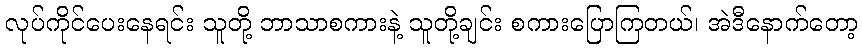
လုပ်ကိုင်ပေးနေရင်း သူတို့ ဘာသာစကားနဲ့ သူတို့ချင်း စကားပြောကြတယ်၊ အဲဒီနောက်တော့